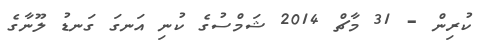
ކުރިން - 31 މާޗް 2014 ޝަމްސުގެ ކުނި އަނގަ ގަނޑު ލޫނާގެ